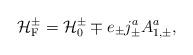
LaTeX: \begin{align*}{\cal H}_{\rm F}^{\pm} = {\cal H}_{0}^{\pm} \mp e_{\pm} j_{\pm}^aA_{1,\pm}^a ,\end{align*}